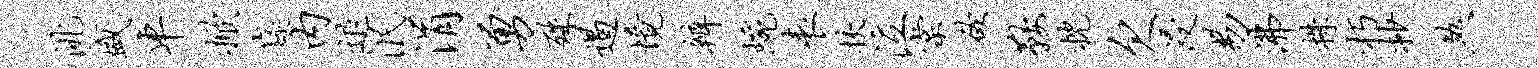
洮盛车掀嶷内退泯涓勇殊遏境辨蜿表挟泣棠欲鞍枕欠浸易沸株朽抄煞